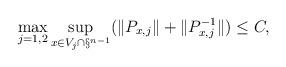
LaTeX: \begin{align*} \max_{j=1,2} \sup_{x \in V_j \cap \S^{n-1}}(\|P_{x,j}\| + \|P_{x,j}^{-1}\|) \le C,\end{align*}